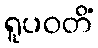
ရူပဝတိံ